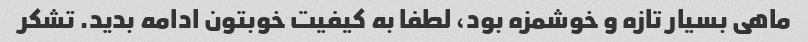
ماهی بسیار تازه و خوشمزه بود، لطفا به کیفیت خوبتون ادامه بدید. تشکر